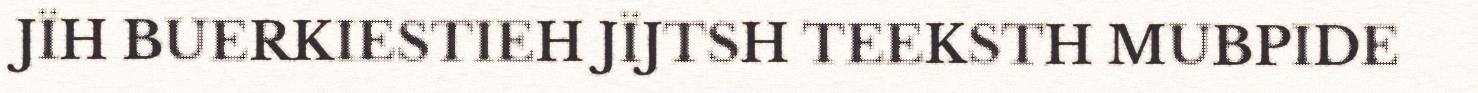
JÏH BUERKIESTIEH JÏJTSH TEEKSTH MUBPIDE